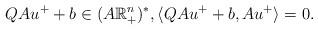
LaTeX: \begin{align*}QAu^+ + b \in (A\mathbb{R}^n_+)^*, \langle QAu^+ + b , Au^+ \rangle = 0. \end{align*}